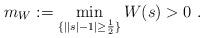
LaTeX: \begin{align*}m_{W}:=\min_{\{||s|-1|\geq\frac{1}{2}\}}W(s)>0~. \end{align*}